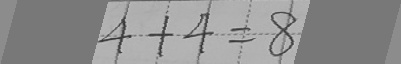
4 + 4 = 8